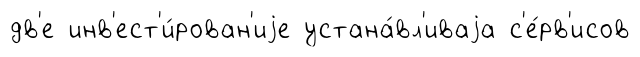
дв'е инв'ест'и́рован'иjе устана́вл'иваjа с'е́рв'исов